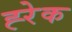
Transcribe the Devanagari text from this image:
ह्‍रेक